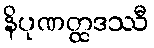
နိပုဏတ္ထဒဿီ